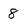
Character: 8